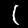
Digit: 1